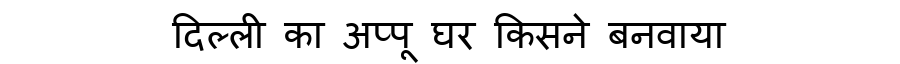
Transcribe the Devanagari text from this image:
दिल्ली का अप्पू घर किसने बनवाया